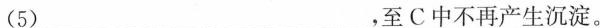
(5)___，至C中不再产生沉淀。